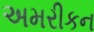
અમરીકન